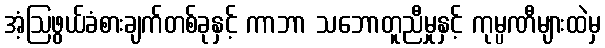
အံ့ဩဖွယ်ခံစားချက်တစ်ခုနှင့် ကာဘာ သဘောတူညီမှုနှင့် ကုမ္ပဏီများထဲမှ